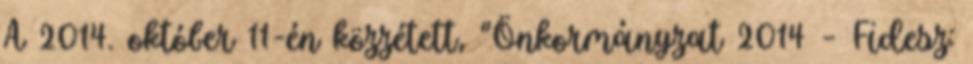
A 2014. október 11-én közzétett, “Önkormányzat 2014 – Fidesz: